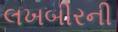
લખબીરની